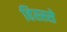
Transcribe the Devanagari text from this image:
हिस्‍स्‍से